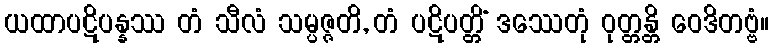
ယထာပဋိပန္နဿ တံ သီလံ သမ္ပဇ္ဇတိ, တံ ပဋိပတ္တိံ ဒဿေတုံ ဝုတ္တန္တိ ဝေဒိတဗ္ဗံ။